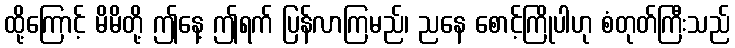
ထို့ကြောင့် မိမိတို့ ဤနေ့ ဤရက် ပြန်လာကြမည်၊ ညနေ စောင့်ကြိုပါဟု စံတုတ်ကြီးသည်